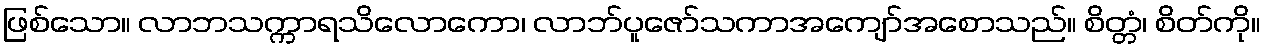
ဖြစ်သော။ လာဘသက္ကာရသိလောကော၊ လာဘ်ပူဇော်သကာအကျော်အစောသည်။ စိတ္တံ၊ စိတ်ကို။